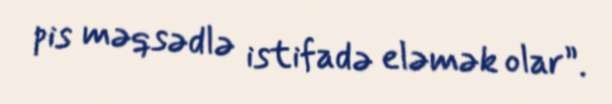
pis məqsədlə istifadə eləmək olar”.